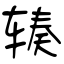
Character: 辏